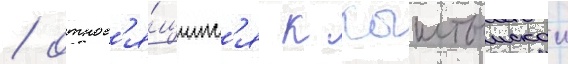
/ относ'я́щимс'я к кыштымскои